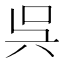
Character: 呉